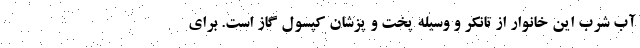
آب شرب‌ این خانوار از تانکر و وسیله پخت و پز‌شان کپسول گاز است. برای